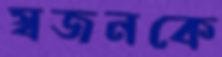
স্বজনকে